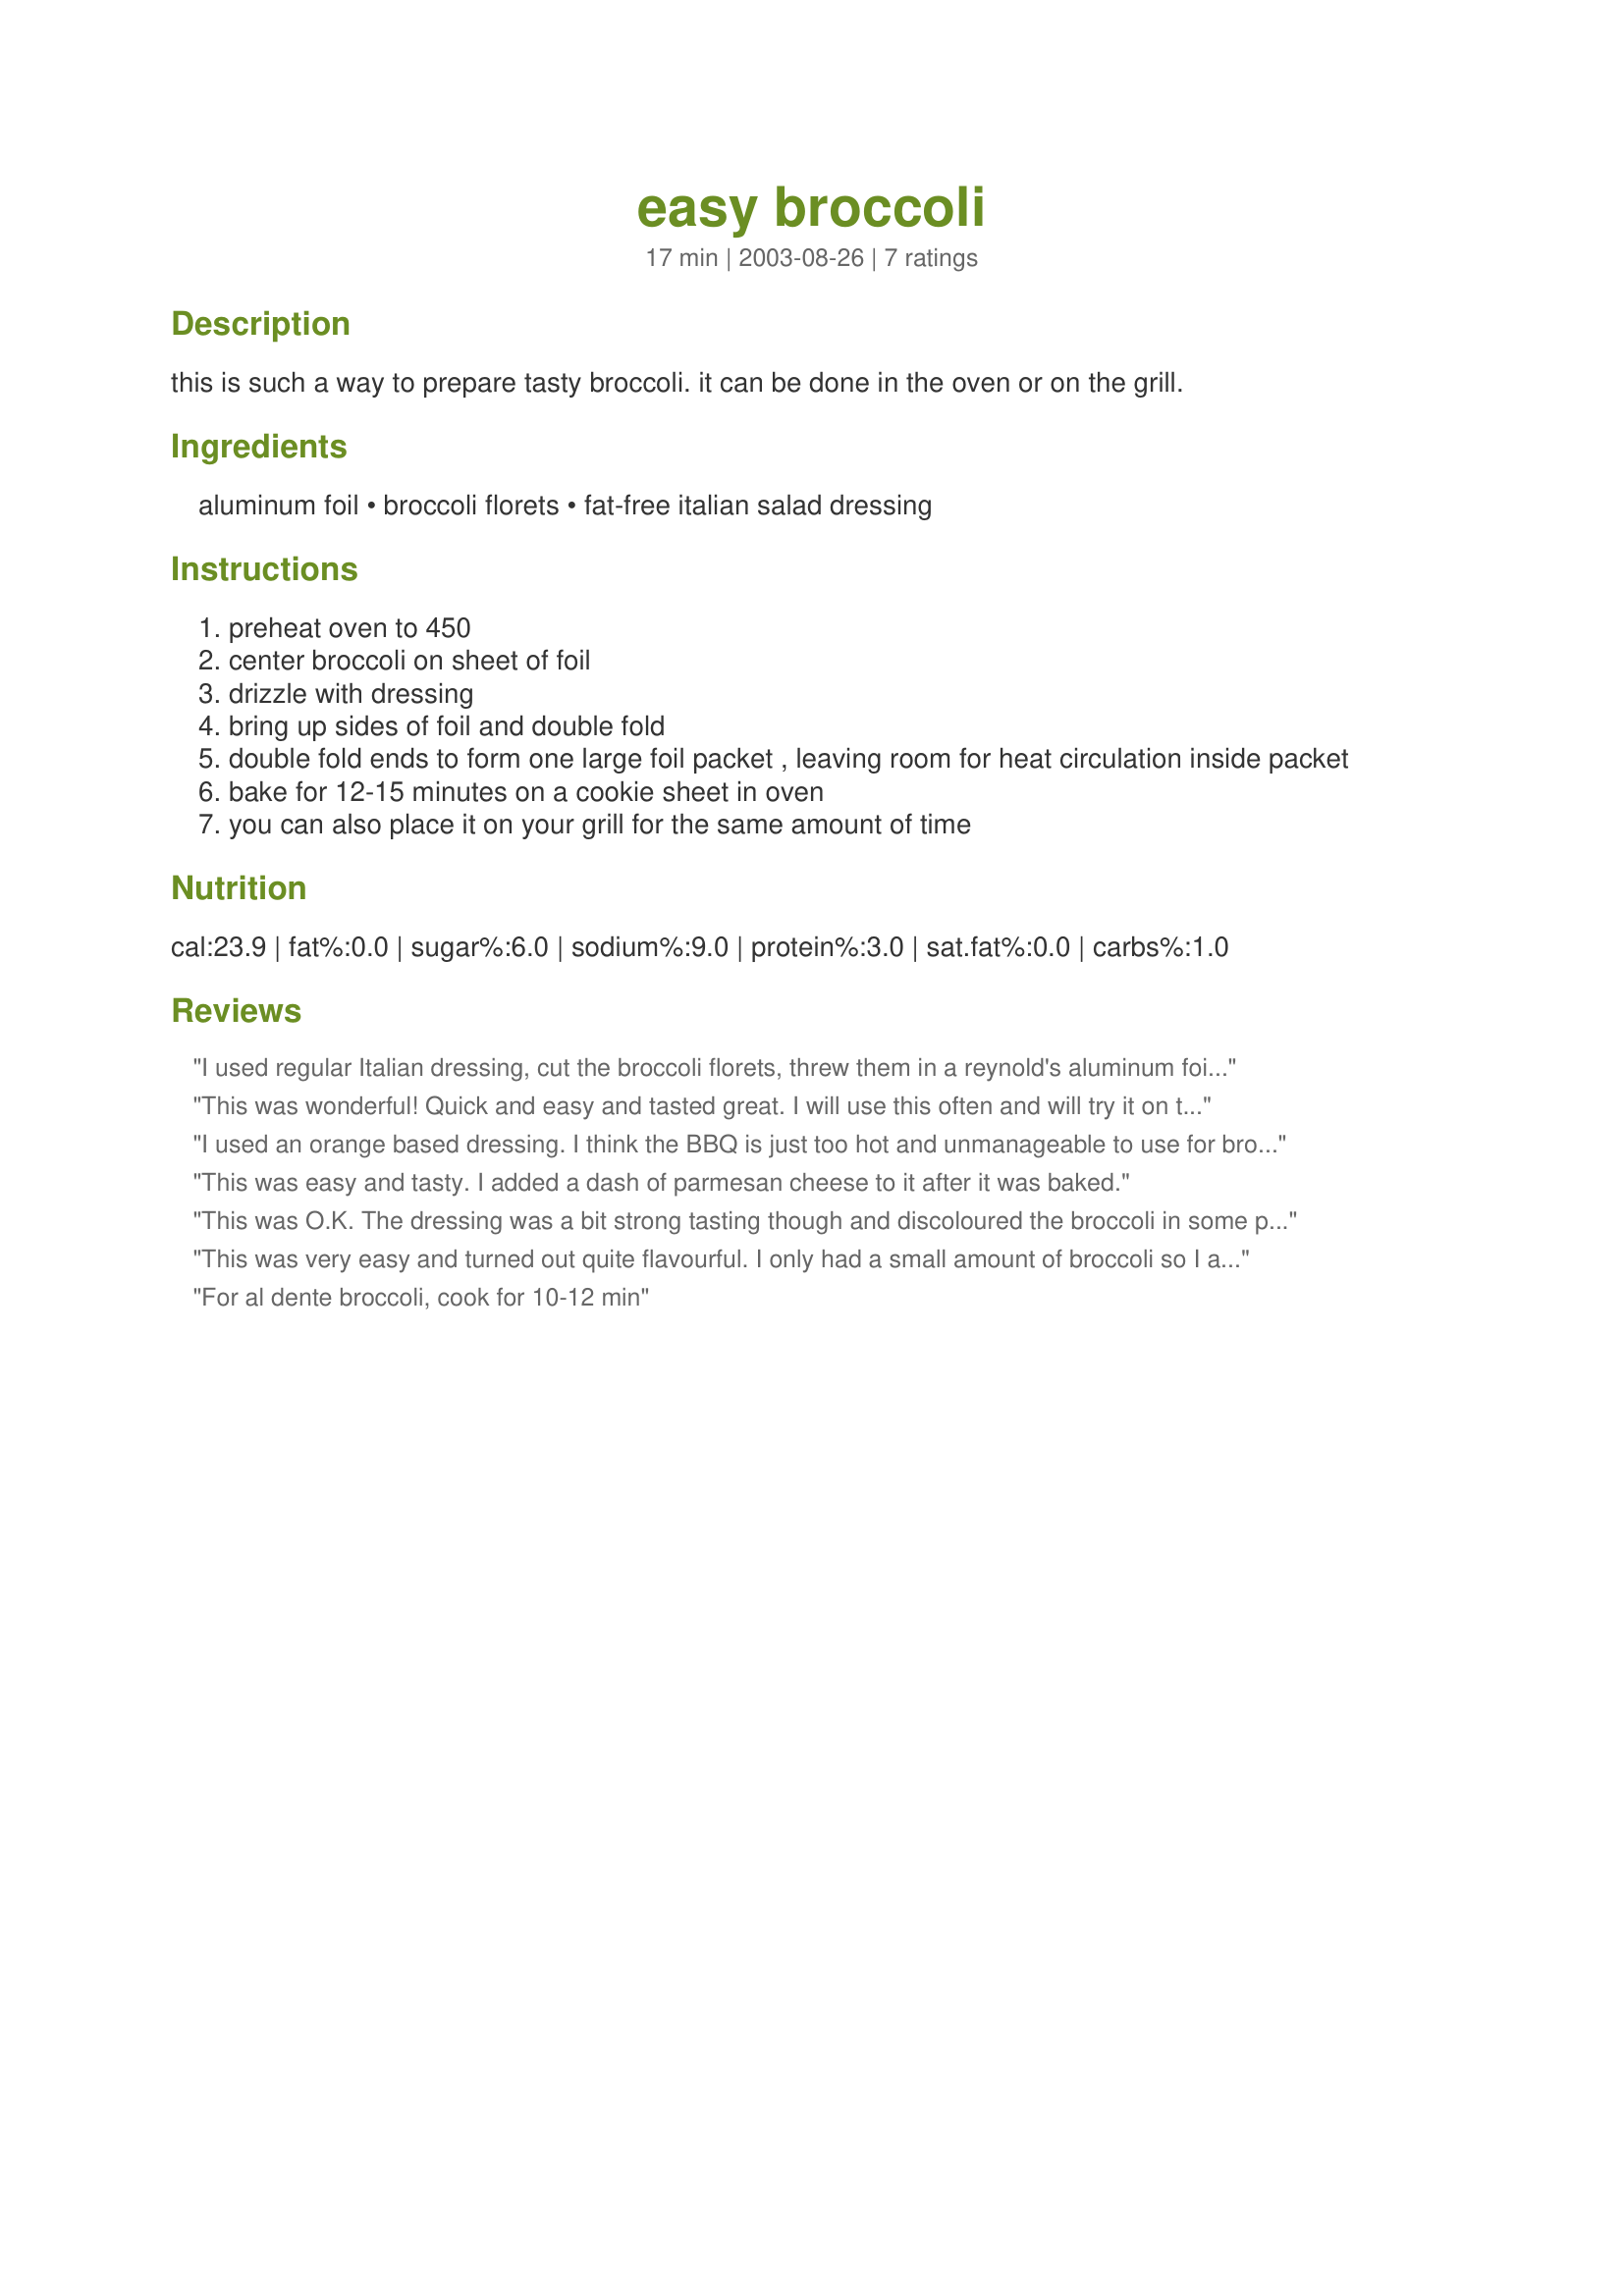
easy broccoli
Preparation time: 17 minutes

this is such a way to prepare tasty broccoli. it can be done in the oven or on the grill.

Ingredients:
aluminum foil, broccoli florets, fat-free italian salad dressing

Steps:
preheat oven to 450
center broccoli on sheet of foil
drizzle with dressing
bring up sides of foil and double fold
double fold ends to form one large foil packet , leaving room for heat circulation inside packet
bake for 12-15 minutes on a cookie sheet in oven
you can also place it on your grill for the same amount of time

Reviews:
I used regular Italian dressing, cut the broccoli florets, threw them in a reynold's aluminum foil bag and put it on the grill for about 15 minutes. I thought it came out quite tasty and it was extrememly easy. I would make this again!!
This was wonderful! Quick and easy and tasted great. I will use this often and will try it on the grill in the Summer! Thanks
I used an orange based dressing. I think the BBQ is just too hot and unmanageable to use for broccoli. I like broccoli to have a bit of a crunch texture. This came out very soft (almost mushy) and not to my taste. I cooked it for about 10 min and it was still too soft for my taste. But the flavour was good.
This was easy and tasty. I added a dash of parmesan cheese to it after it was baked.
This was O.K. The dressing was a bit strong tasting though and discoloured the broccoli in some places so it didn't look great, but it was easy and mess free!
This was very easy and turned out quite flavourful. I only had a small amount of broccoli so I added some sliced mushroom, and quartered tomatoes with sliced onion. I used no fat Italian dressing, I too felt the broccoli was over cooked, would have liked it to be still a bit crunchie. thanks for posting.
For al dente broccoli, cook for 10-12 min
